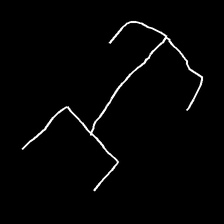
Glyph: entwine